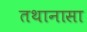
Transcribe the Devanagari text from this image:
तथानासा